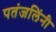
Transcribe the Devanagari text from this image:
पतंजलिंनी